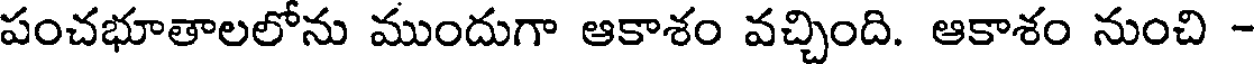
పంచభూతాలలోను ముందుగా ఆకాశం వచ్చింది. ఆకాశం నుంచి -